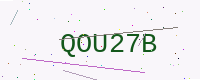
Text: QOU27B